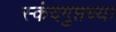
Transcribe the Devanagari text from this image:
स्कंदगुप्तच्या